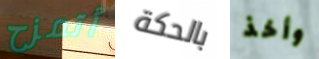
أتمزح بالحكة وأخذ